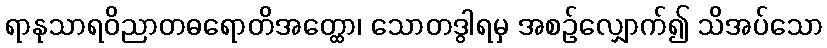
ရာနုသာရဝိညာတဓရောတိအတ္ထော၊ သောတဒွါရမှ အစဉ်လျှောက်၍ သိအပ်သော